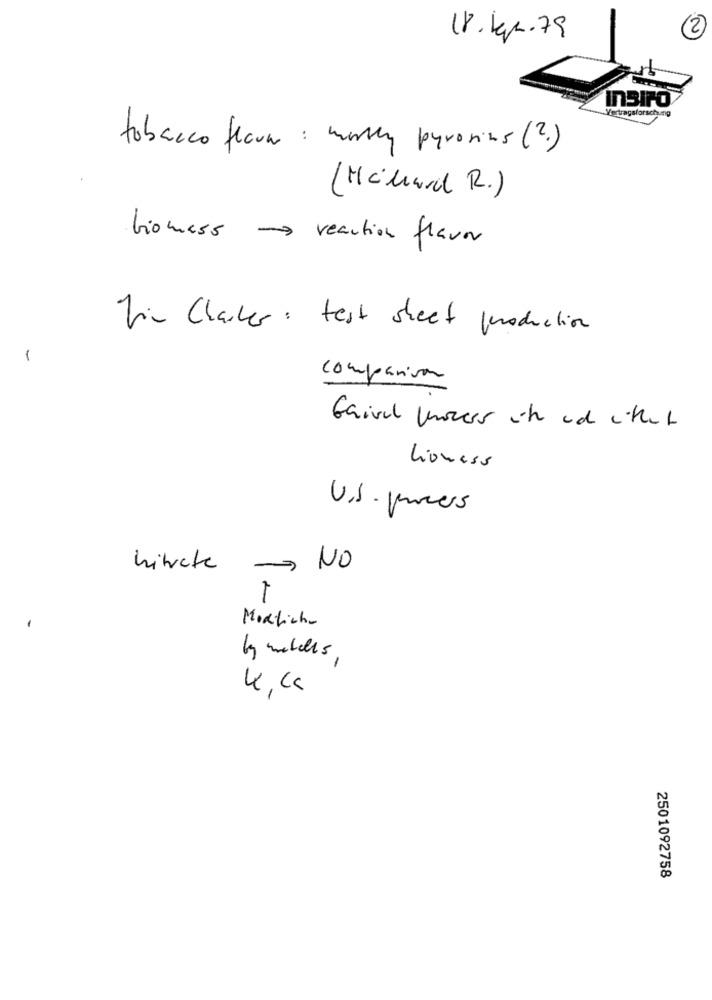
2)
18.Kr.79
InSIPO
Vertragsforschun
tobacco floor : marky pyrorins (2.)
(Miliard R.)
biomass reaction flavor
hin Charker : test sheet production
1
comparison
Gaivel Konser it uc either
Lioness
nitrate
NO
Medlicht
5
2501092758